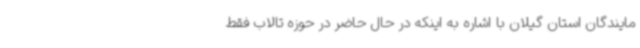
مایندگان استان گیلان با اشاره به اینکه در حال حاضر در حوزه تالاب فقط